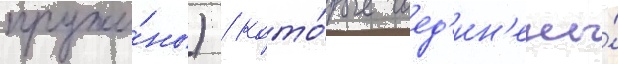
пружи́ны) / кото́рые соед'ин'ены́